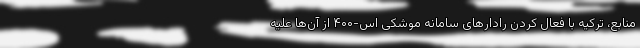
منابع، ترکیه با فعال کردن رادارهای سامانه موشکی اس-۴۰۰ از آن‌ها علیه